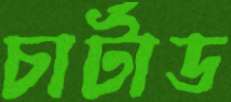
চার্টাড